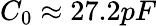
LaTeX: C_{0}\approx 27.2pF